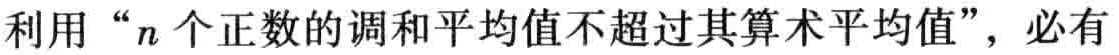
利用“\(n\)个正数的调和平均值不超过其算术平均值”，必有